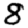
Digit: 8